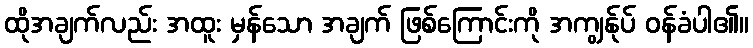
ထိုအချက်လည်း အထူး မှန်သော အချက် ဖြစ်ကြောင်းကို အကျွန်ုပ် ဝန်ခံပါ၏။